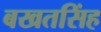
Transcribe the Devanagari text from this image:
बखतसिंह